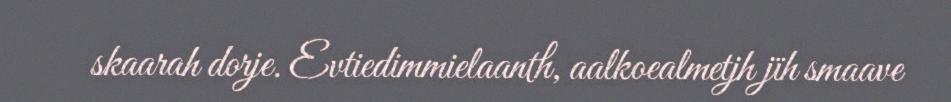
skaarah dorje. Evtiedimmielaanth, aalkoealmetjh jïh smaave